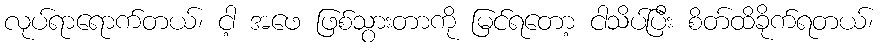
လုပ်ရာရောက်တယ်၊ ငါ့ အဖေ ဖြစ်သွားတာကို မြင်ရတော့ ငါသိပ်ပြီး စိတ်ထိခိုက်ရတယ်၊